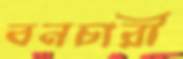
বনচারী